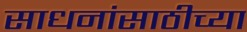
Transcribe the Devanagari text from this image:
साधनांसाठीच्या